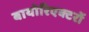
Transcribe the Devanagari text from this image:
बायोरिएक्टरों